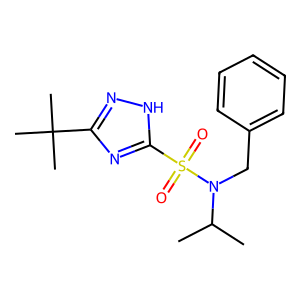
SMILES: CC(C)N(Cc1ccccc1)S(=O)(=O)c1nc(C(C)(C)C)n[nH]1
Inhibits HIV replication: No